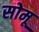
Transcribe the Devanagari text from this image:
सोमू